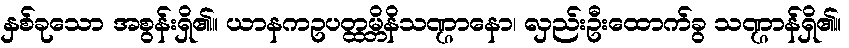
နှစ်ခုသော အစွန်းရှိ၏။ ယာနကဥပတ္ထမ္ဘိနိသဏ္ဌာနော၊ လှည်းဦးထောက်ခွ သဏ္ဌာန်ရှိ၏။